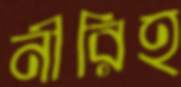
নীরিহ